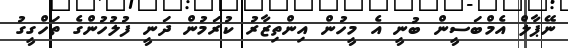
ނޭޕާލް އެމްބަސީން ބުނީ އެ މީހުން އިންތިޒާރު ކުރަމުން ދަނީ ފުލުހުންގެ ތަހްގީގު